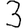
Digit: 3